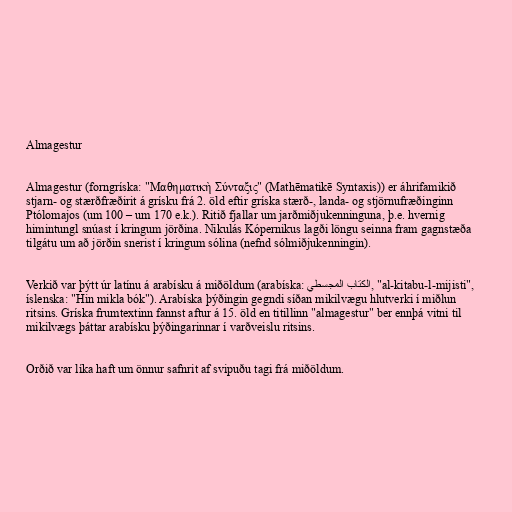
Almagestur

Almagestur (forngríska: "Μαθηματικὴ Σύνταξις" (Mathēmatikē Syntaxis)) er áhrifamikið
stjarn- og stærðfræðirit á grísku frá 2. öld eftir gríska stærð-, landa- og stjörnufræðinginn
Ptólomajos (um 100 – um 170 e.k.). Ritið fjallar um jarðmiðjukenninguna, þ.e. hvernig
himintungl snúast í kringum jörðina. Nikulás Kópernikus lagði löngu seinna fram gagnstæða
tilgátu um að jörðin snerist í kringum sólina (nefnd sólmiðjukenningin).

Verkið var þýtt úr latínu á arabísku á miðöldum (arabíska: الكتاب المجسطي, "al-kitabu-l-mijisti",
íslenska: "Hin mikla bók"). Arabíska þýðingin gegndi síðan mikilvægu hlutverki í miðlun
ritsins. Gríska frumtextinn fannst aftur á 15. öld en titillinn "almagestur" ber ennþá vitni til
mikilvægs þáttar arabísku þýðingarinnar í varðveislu ritsins.

Orðið var líka haft um önnur safnrit af svipuðu tagi frá miðöldum.